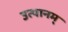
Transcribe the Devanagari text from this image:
उत्थानम्